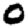
Digit: 0